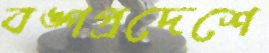
বঙ্গপ্রদেশে